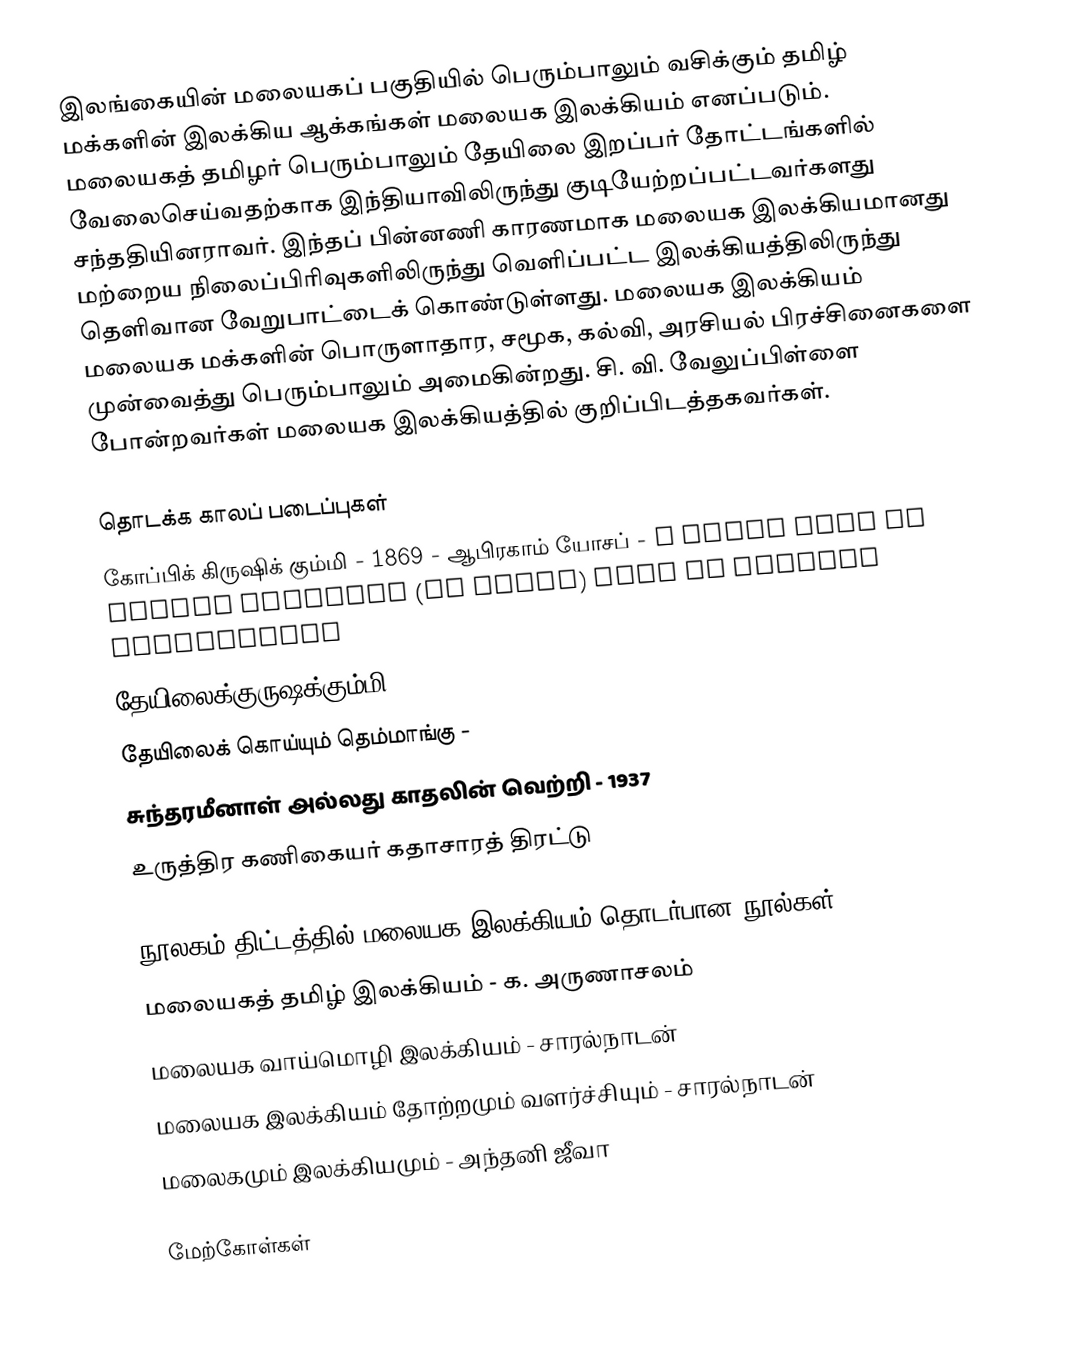
இலங்கையின் மலையகப் பகுதியில் பெரும்பாலும் வசிக்கும் தமிழ் மக்களின் இலக்கிய ஆக்கங்கள் மலையக இலக்கியம் எனப்படும். மலையகத் தமிழர் பெரும்பாலும் தேயிலை இறப்பர் தோட்டங்களில் வேலைசெய்வதற்காக இந்தியாவிலிருந்து குடியேற்றப்பட்டவர்களது சந்ததியினராவர். இந்தப் பின்னணி காரணமாக மலையக இலக்கியமானது மற்றைய நிலைப்பிரிவுகளிலிருந்து வெளிப்பட்ட இலக்கியத்திலிருந்து தெளிவான வேறுபாட்டைக் கொண்டுள்ளது.  மலையக இலக்கியம் மலையக மக்களின் பொருளாதார, சமூக, கல்வி, அரசியல் பிரச்சினைகளை முன்வைத்து பெரும்பாலும் அமைகின்றது. சி. வி. வேலுப்பிள்ளை போன்றவர்கள் மலையக இலக்கியத்தில் குறிப்பிடத்தகவர்கள்.

தொடக்க காலப் படைப்புகள்
 கோப்பிக் கிருஷிக் கும்மி - 1869 - ஆபிரகாம் யோசப்  - A Cummi poem on Coffee planting (in Tamil) with an English translation
 தேயிலைக்குருஷக்கும்மி
 தேயிலைக் கொய்யும் தெம்மாங்கு -
 சுந்தரமீனாள் அல்லது காதலின் வெற்றி - 1937
 உருத்திர கணிகையர் கதாசாரத் திரட்டு

நூலகம் திட்டத்தில் மலையக இலக்கியம் தொடர்பான நூல்கள்
 மலையகத் தமிழ் இலக்கியம் - க. அருணாசலம்
 மலையக வாய்மொழி இலக்கியம் - சாரல்நாடன்
 மலையக இலக்கியம் தோற்றமும் வளர்ச்சியும் - சாரல்நாடன்
 மலைகமும் இலக்கியமும் - அந்தனி ஜீவா

மேற்கோள்கள்